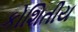
કોશિતીય